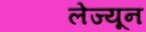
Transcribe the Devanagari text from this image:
लेज्यून